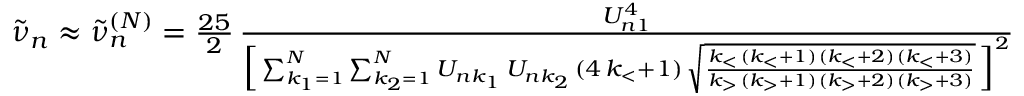
\begin{array} { r } { \tilde { \nu } _ { n } \approx \tilde { \nu } _ { n } ^ { ( N ) } = \frac { 2 5 } { 2 } \, \frac { U _ { n 1 } ^ { 4 } } { \Big [ \sum _ { k _ { 1 } = 1 } ^ { N } \sum _ { k _ { 2 } = 1 } ^ { N } U _ { n k _ { 1 } } \, U _ { n k _ { 2 } } \, ( 4 \, k _ { < } + 1 ) \, \sqrt \frac { k _ { < } \, ( k _ { < } + 1 ) \, ( k _ { < } + 2 ) \, ( k _ { < } + 3 ) } { k _ { > } \, ( k _ { > } + 1 ) \, ( k _ { > } + 2 ) \, ( k _ { > } + 3 ) } \, \Big ] ^ { 2 } } \quad . } \end{array}